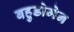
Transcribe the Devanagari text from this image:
बहुडोमेन